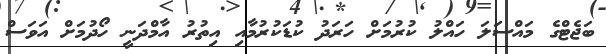
ބަޖެޓްގެ މައްސަލަ ހައްލު ކުރުމަށް ހަރަދު ކުޑަކުރުމާއި އިތުރު އާމްދަނީ ހޯދުމަށް އަވަސް